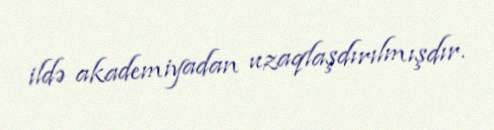
ildə akademiyadan uzaqlaşdırılmışdır.